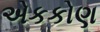
એકકોણ